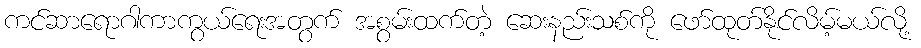
ကင်ဆာရောဂါကာကွယ်ရေးအတွက် အစွမ်းထက်တဲ့ ဆေးနည်းသစ်ကို ဖော်ထုတ်နိုင်လိမ့်မယ်လို့